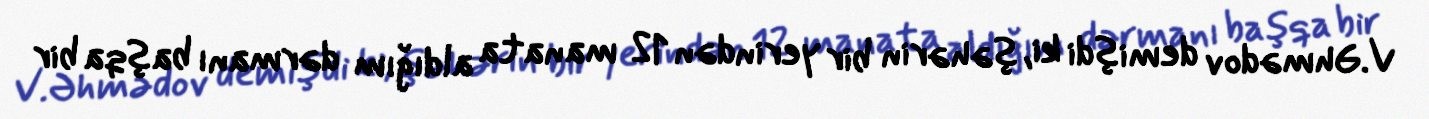
V.Əhmədov demişdi ki, şəhərin bir yerindən 12 manata aldığım dərmanı başqa bir